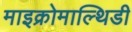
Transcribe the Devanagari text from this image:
माइक्रोमाल्थिडी